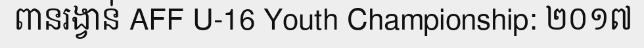
ពានរង្វាន់ AFF U-16 Youth Championship: ២០១៧